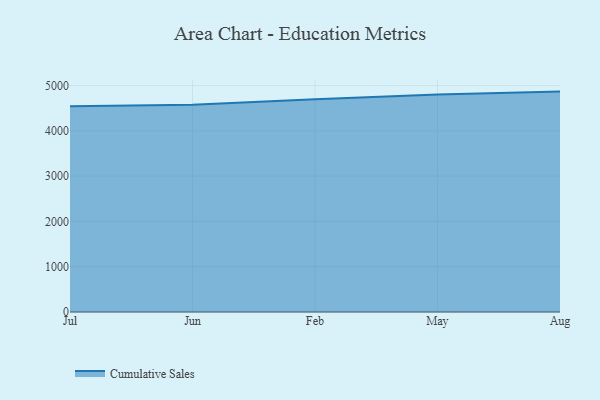
{"axis": {"x": "Month", "y": "Revenue (USD Million)"}, "legend": ["Cumulative Sales"], "data": [{"x": "Jul", "y": 4542.0, "type": "Cumulative Sales"}, {"x": "Jun", "y": 4578.5, "type": "Cumulative Sales"}, {"x": "Feb", "y": 4700.6, "type": "Cumulative Sales"}, {"x": "May", "y": 4802.5, "type": "Cumulative Sales"}, {"x": "Aug", "y": 4867.4, "type": "Cumulative Sales"}]}